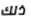
ذلك